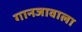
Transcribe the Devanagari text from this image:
गानजावाला